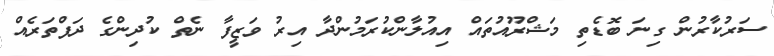
ސަރުކާރުން ގިނަ ބޮޑެތި މަޝްރޫއުތައް އިއުލާންކުރަމުންދާ އިރު ވަޒީފާ ނެތް ކުދިންގެ ދަފްތަރެއް